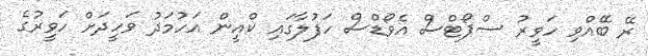
ރޭ ބޭއްވި ހަވީރު ސްޕޯޓްސް އެވޯޑްސް ހަފުލާގައި ކްއީން އަހުމަދު ވަހީދަށް ހަވީރުގެ